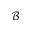
\mathcal { B }